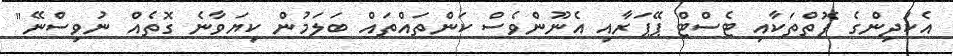
އެކުދިންގެ ފޮތްތަކާއި ޓެސްޓް ޕޭޕަރާއި އެނޫންވެސް ކަންތައްތައް ބަލަމުން ކިޔަވާނެ ގޮތެއް ނުވިސްނޭ"